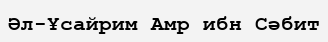
Әл-Ұсайрим Амр ибн Сәбит